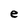
Character: e